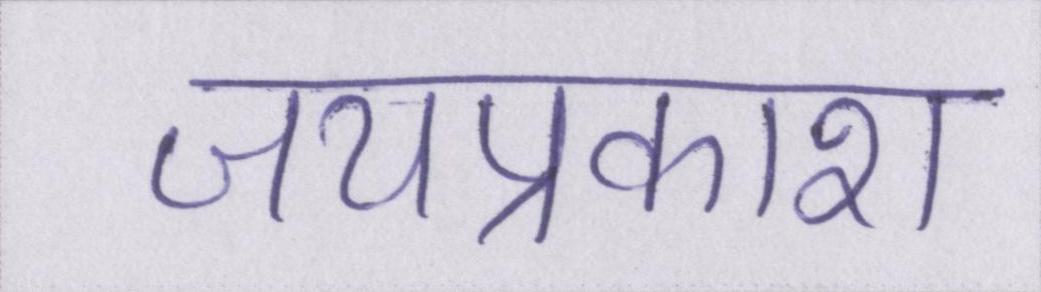
जयप्रकाश